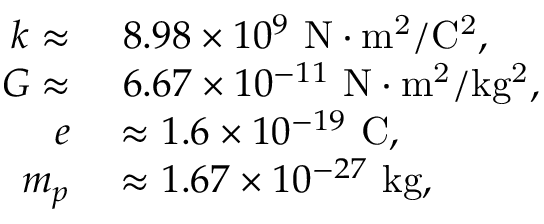
\begin{array} { r l } { k \approx } & { { } ~ 8 . 9 8 \times 1 0 ^ { 9 } ~ \mathrm { N \cdot m ^ { 2 } / C ^ { 2 } } , } \\ { G \approx } & { { } ~ 6 . 6 7 \times 1 0 ^ { - 1 1 } ~ \mathrm { N \cdot m ^ { 2 } / k g ^ { 2 } } , } \\ { e } & { { } \approx 1 . 6 \times 1 0 ^ { - 1 9 } ~ \mathrm { C } , } \\ { m _ { p } } & { { } \approx 1 . 6 7 \times 1 0 ^ { - 2 7 } ~ \mathrm { k g } , } \end{array}